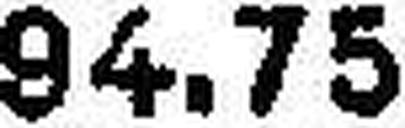
94.75